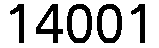
14001